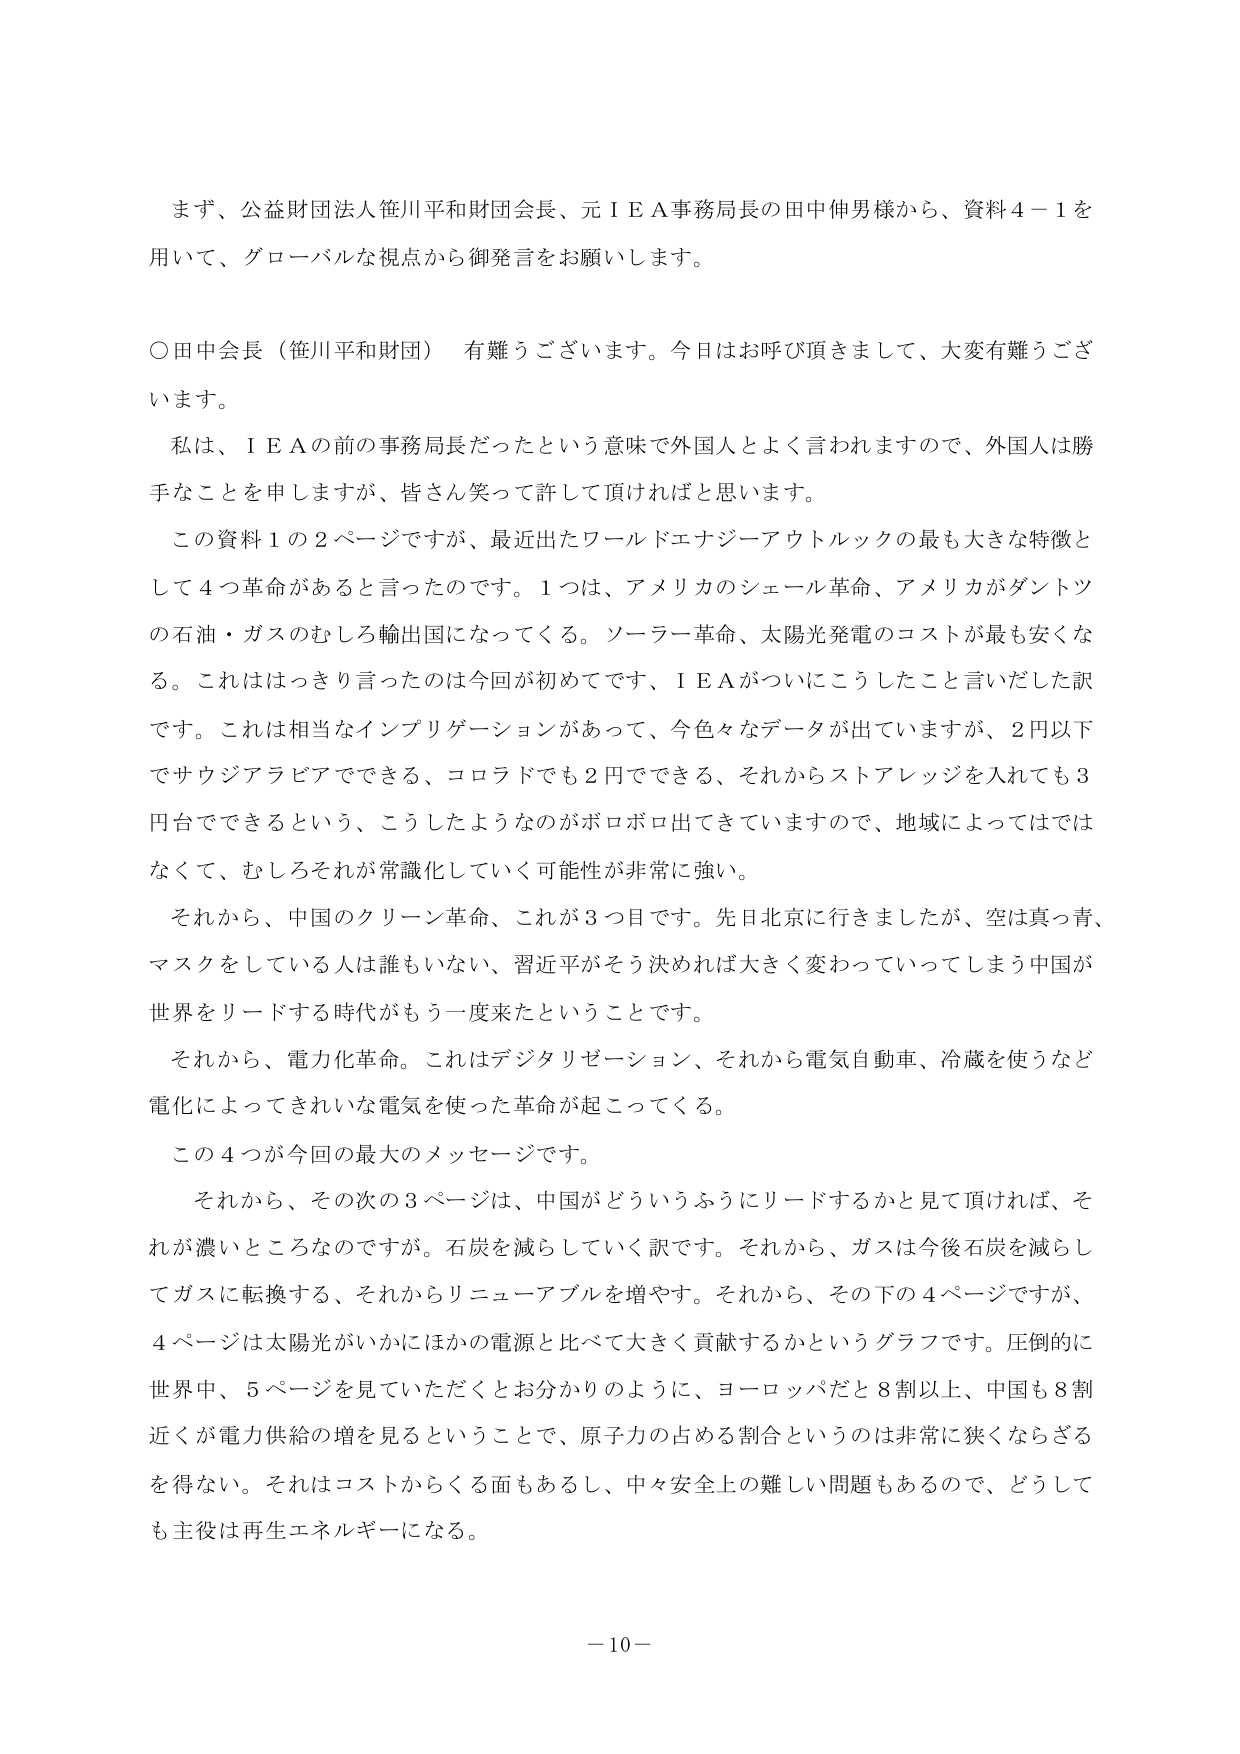
まず、公益財団法人笹川平和財団会長、元ＩＥＡ事務局長の田中伸男様から、資料４－１を用いて、グローバルな視点から御発言をお願いします。

○田中会長（笹川平和財団）　有難うございます。今日はお呼び頂きまして、大変有難うございます。

私は、ＩＥＡの前の事務局長だったという意味で外国人とよく言われますので、外国人は勝手なことを申しますが、皆さん笑って許して頂ければと思います。

この資料１の２ページですが、最近出たワールドエナジーアウトルックの最も大きな特徴として４つ革命があると言ったのです。１つは、アメリカのシェール革命、アメリカがダントツの石油・ガスのむしろ輸出国になってくる。ソーラー革命、太陽光発電のコストが最も安くなる。これははっきり言ったのは今回が初めてです、ＩＥＡがついにこうしたと言いだした訳です。これは相当なインプリゲーションがあって、今色々なデータが出ていますが、２円以下でサウジアラビアでできる、コロラドでも２円でできる、それからストアレッジを入れても３円台でできるという、こうしたようなのがボロボロ出てきていますので、地域によってはではなくて、むしろそれが常識化していく可能性が非常に強い。

それから、中国のクリーン革命、これが３つ目です。先日北京に行きましたが、空は真っ青、マスクをしている人は誰もいない、習近平がそう決めれば大きく変わっていってしまう中国が世界をリードする時代がもう一度来たということです。

それから、電力化革命。これはデジタリゼーション、それから電気自動車、冷蔵を使うなど電化によってきれいな電気を使った革命が起こってくる。

この４つが今回の最大のメッセージです。

それから、その次の３ページは、中国がどういうふうにリードするかを見て頂ければ、それが濃いところなのですが。石炭を減らしていく訳です。それから、ガスは今後石炭を減らしてガスに転換する、それからリニューアブルを増やす。それから、その下の４ページですが、４ページは太陽光がいかにほかの電源と比べて大きく貢献するかというグラフです。圧倒的に世界中、５ページを見ていただくとお分かりのように、ヨーロッパだと８割以上、中国も８割近くが電力供給の増を見るということで、原子力の占める割合というのは非常に狭くならざるを得ない。それはコストからくる面もあるし、中々安全上の難しい問題もあるので、どうしても主役は再生エネルギーになる。

－10－